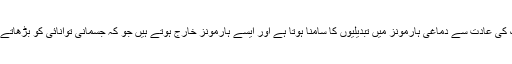
مختلف طبی تحقیقی رپورٹس کے مطابق سونے سے قبل سوشل میڈیا پر اسکرولنگ کی عادت سے دماغی ہارمونز میں تبدیلیوں کا سامنا ہوتا ہے اور ایسے ہارمونز خارج ہوتے ہیں جو کہ جسمانی توانائی کو بڑھاتے ہیں اور سونے سے قبل یہ وہ آخری چیز ہوگی، جس کی آپ خواہش کرسکتے ہیں۔